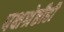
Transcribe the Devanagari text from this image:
पक्षश्रेष्ठीही